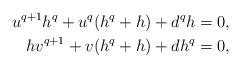
LaTeX: \begin{align*}u^{q+1}h^q + u^q (h^q + h) + d^q h &= 0,\\hv^{q+1} + v (h^q+h) + d h^q &= 0,\end{align*}